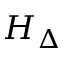
H _ { \Delta }